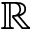
\mathbb { R }